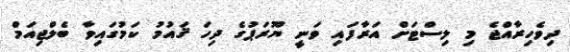
ދިވެހިރާއްޖެ މި ލިސްޓަށް އަަރާފައި ވަނީ ޔޫރަޕުގެ ދިހަ ޤައުމު ކަމުގައިވާ ބެލްޖިއަމް